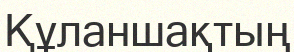
Құланшақтың